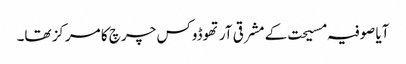
آیا صوفیہ مسیحت کے مشرقی آرتھوڈوکس چرچ کا مرکز تھا۔